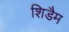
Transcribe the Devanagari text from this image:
शिडैम